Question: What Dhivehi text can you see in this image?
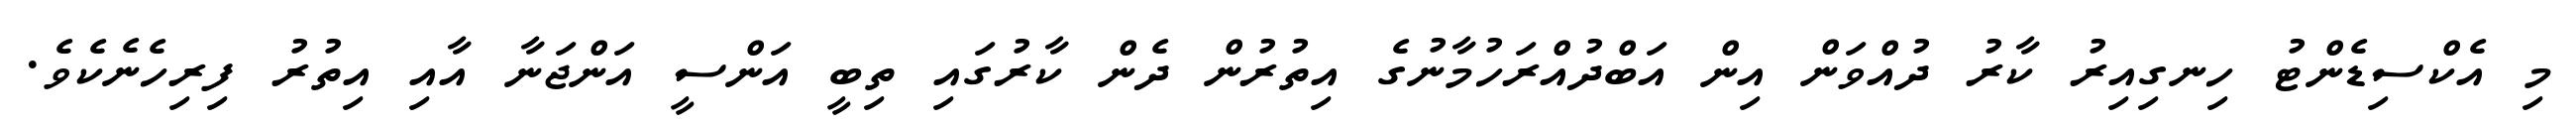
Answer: މި އެކްސިޑެންޓު ހިނގިއިރު ކާރު ދުއްވަން އިން އަބްދުއްރަހުމާނުގެ އިތުރުން ދެން ކާރުގައި ތިބީ އަންސީ އަންޖަނާ އާއި އިތުރު ފިރިހެނެކެވެ.